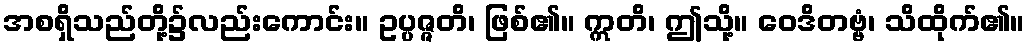
အစရှိသည်တို့၌လည်းကောင်း။ ဥပ္ပဇ္ဇတိ၊ ဖြစ်၏။ ဣတိ၊ ဤသို့။ ဝေဒိတဗ္ဗံ၊ သိထိုက်၏။